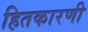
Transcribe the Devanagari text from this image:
हितकारणी